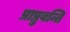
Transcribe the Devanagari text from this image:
प्राप्नुवन्ति